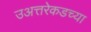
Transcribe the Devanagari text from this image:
उअत्तरेकडच्या